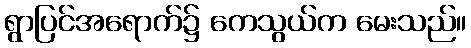
ရွာပြင်အရောက်၌ ကေသွယ်က မေးသည်။